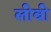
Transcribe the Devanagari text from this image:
लीबी